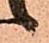
候